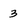
Character: 3